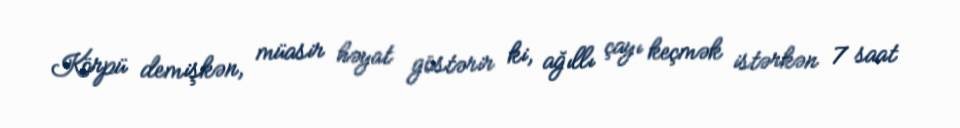
Körpü demişkən, müasir həyat göstərir ki, ağıllı çayı keçmək istərkən 7 saat